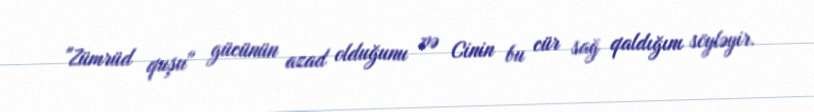
"Zümrüd quşu" gücünün azad olduğunu və Cinin bu cür sağ qaldığını söyləyir.